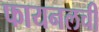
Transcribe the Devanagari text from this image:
फायनलची